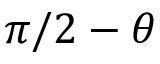
\pi / 2 - \theta